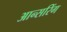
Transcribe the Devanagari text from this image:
आन्सरिंग